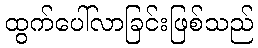
ထွက်ပေါ်လာခြင်းဖြစ်သည်